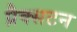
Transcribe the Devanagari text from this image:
प्रैक्सटन